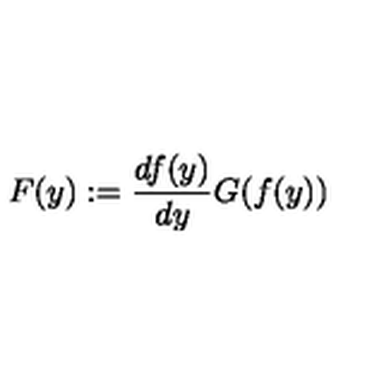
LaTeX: F ( y ) : = \frac { d f ( y ) } { d y } G ( f ( y ) )